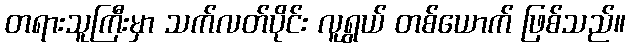
တရားသူကြီးမှာ သက်လတ်ပိုင်း လူရွယ် တစ်ယောက် ဖြစ်သည်။